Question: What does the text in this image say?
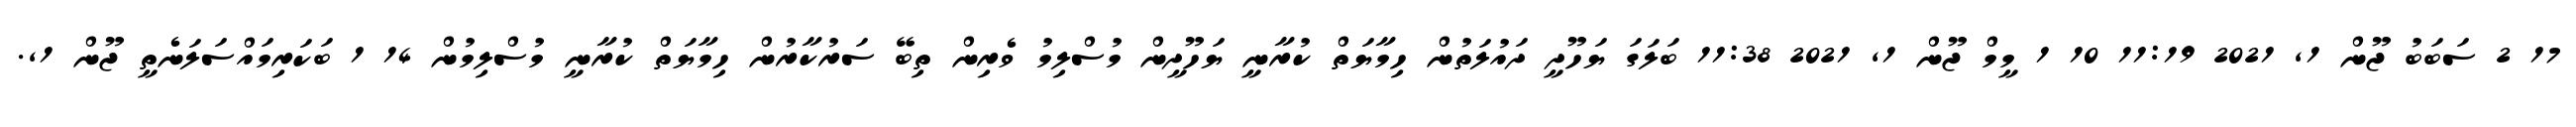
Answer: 17 2 ސަބަބު ޖޫން 1, 2021 11:19 10 1 މީމް ޖޫން 1, 2021 11:38 ބަލަގަ ޔަހޫދީ ދައުލަތުން ހިމާޔަތް ކުރާނީ ޔަހޫދީން މުސްލިމު ވެރިން ތިބޭ ސަރުކާރުން ހިމާޔަތް ކުރާނީ މުސްލިމުން 14 1 ބަކަރިމައްސަލަނެތީ ޖޫން 1,.